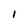
Character: i